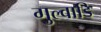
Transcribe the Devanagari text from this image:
गुल्वाडि